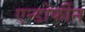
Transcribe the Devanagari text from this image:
एन्डोर्फीन